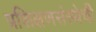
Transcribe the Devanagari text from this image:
प्रशिक्षणसंस्थेची